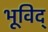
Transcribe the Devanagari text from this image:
भूविद्